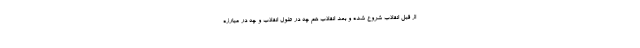
از قبل انقلاب شروع شده و بعد انقلاب هم چه در طول انقلاب و چه در مبارزه